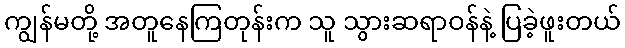
ကျွန်မတို့ အတူနေကြတုန်းက သူ သွားဆရာဝန်နဲ့ ပြခဲ့ဖူးတယ်